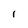
Character: l